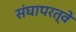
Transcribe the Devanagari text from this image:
संघापरत्वे